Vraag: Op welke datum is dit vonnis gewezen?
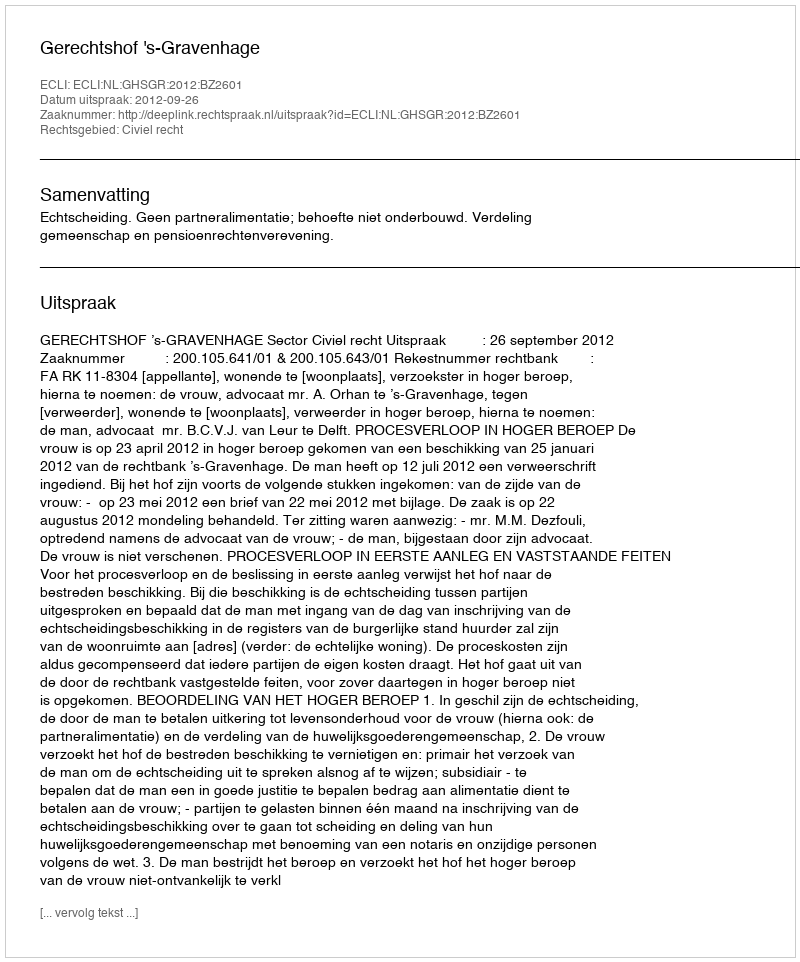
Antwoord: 2012-09-26